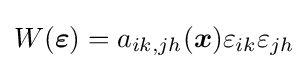
W({\boldsymbol {\varepsilon }})=a_{ik,jh}({\boldsymbol {x}})\varepsilon _{ik}\varepsilon _{jh}